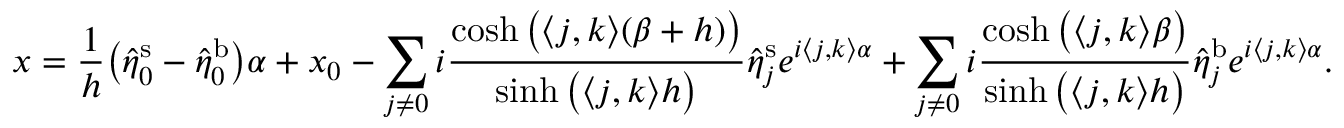
x = \frac { 1 } { h } \big ( \hat { \eta } _ { \boldsymbol 0 } ^ { \mathrm { s } } - \hat { \eta } _ { \boldsymbol 0 } ^ { \mathrm { b } } \big ) \alpha + x _ { 0 } - \sum _ { \boldsymbol j \neq \boldsymbol 0 } i \frac { \cosh \big ( \langle \boldsymbol j , \boldsymbol k \rangle ( \beta + h ) \big ) } { \sinh \big ( \langle \boldsymbol j , \boldsymbol k \rangle h \big ) } \hat { \eta } _ { \boldsymbol j } ^ { \mathrm { s } } e ^ { i \langle \boldsymbol j , \boldsymbol k \rangle \alpha } + \sum _ { \boldsymbol j \neq \boldsymbol 0 } i \frac { \cosh \big ( \langle \boldsymbol j , \boldsymbol k \rangle \beta \big ) } { \sinh \big ( \langle \boldsymbol j , \boldsymbol k \rangle h \big ) } \hat { \eta } _ { \boldsymbol j } ^ { \mathrm { b } } e ^ { i \langle \boldsymbol j , \boldsymbol k \rangle \alpha } .